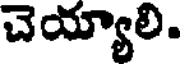
చెయ్యాలి.